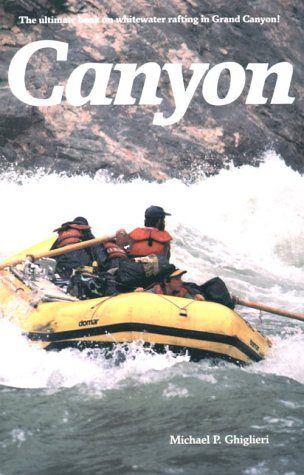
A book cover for Canyon; Michael P. Ghiglieri; Sports & Outdoors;